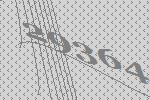
29364